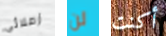
زملائي لن أكنت